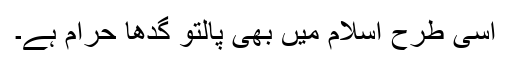
اسی طرح اسلام میں بھی پالتو گدھا حرام ہے۔